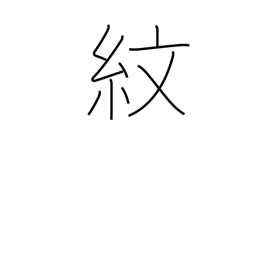
Meaning: family crest